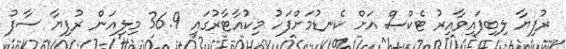
ރުފިޔާ ލިބިފައިވާއިރު ޓެކްސް އަށް ކެނޑުމަށްފަހު މިކުއާޓާރުގައި 36.9 މިލިއަން ރުފިޔާ ސާފު